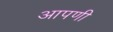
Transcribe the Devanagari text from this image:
आपणी